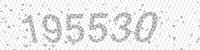
Solution: 195530